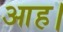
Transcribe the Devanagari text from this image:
आह।